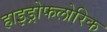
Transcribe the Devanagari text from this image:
हाइड्रोफलोरिक